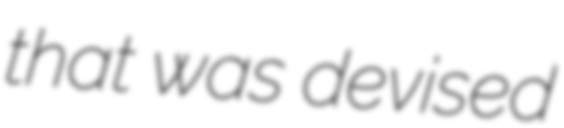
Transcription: that was devised